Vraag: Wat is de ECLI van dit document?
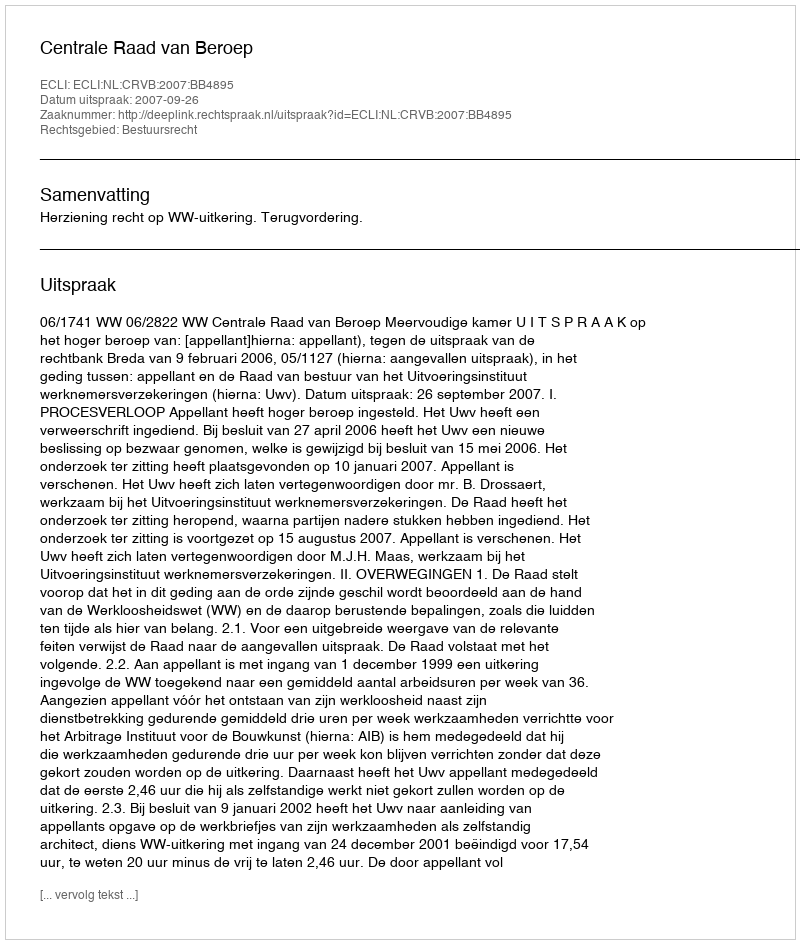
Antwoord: ECLI:NL:CRVB:2007:BB4895